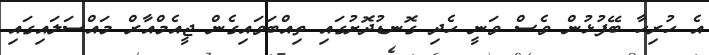
އެ ހުރިހާ ބޭފުޅުން ވެސް ވަނީ ހެދި ގޮނޑުދޮށުގައި ތިއްބަވައިގެން ޖީއެމްއާރް މައްސަލައިގައި